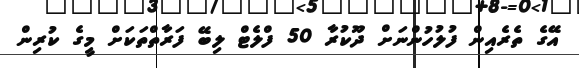
އޭގެ ތެރެއިން ފުލުހުންނަށް ދޫކުރާ 50 ފްލެޓް ލިބޭ ފަރާތްތަކަށް މީގެ ކުރިން